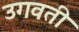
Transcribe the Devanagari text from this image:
उगवती